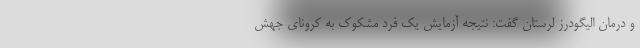
و درمان الیگودرز لرستان گفت: نتیجه آزمایش یک فرد مشکوک به کرونای جهش